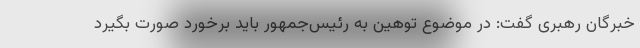
خبرگان رهبری گفت: در موضوع توهین به رئیس‌جمهور باید برخورد صورت بگیرد